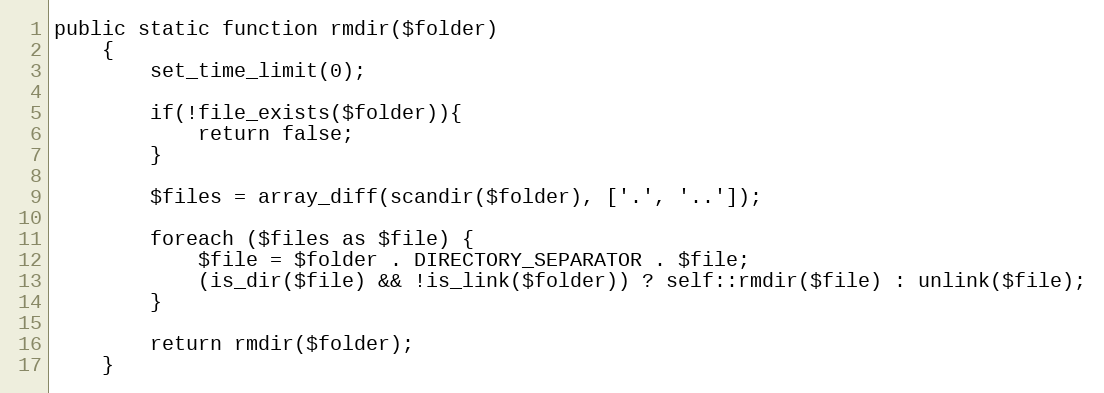
Language: PHP
public static function rmdir($folder)
    {
        set_time_limit(0);

        if(!file_exists($folder)){
            return false;
        }

        $files = array_diff(scandir($folder), ['.', '..']);

        foreach ($files as $file) {
            $file = $folder . DIRECTORY_SEPARATOR . $file;
            (is_dir($file) && !is_link($folder)) ? self::rmdir($file) : unlink($file);
        }

        return rmdir($folder);
    }